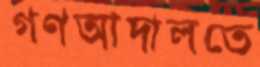
গণআদালতে